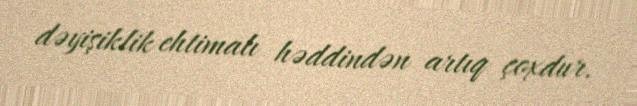
dəyişiklik ehtimalı həddindən artıq çoxdur.